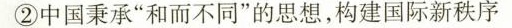
②中国秉承”和而不同”的思想，构建国际新秩序